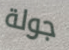
جولة